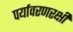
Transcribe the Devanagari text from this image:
पर्यावरणरक्षी